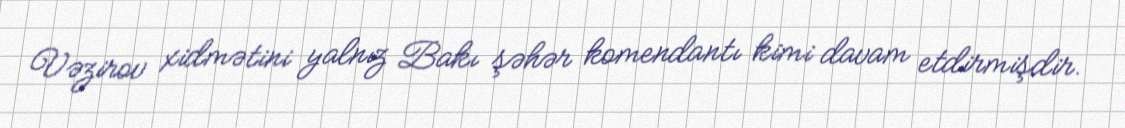
Vəzirov xidmətini yalnız Bakı şəhər komendantı kimi davam etdirmişdir.